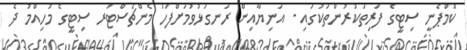
ކޮމްޕެނީ ސިޓީގެ ފަރިތަކުރުންތަކުގައި - އަނިޔާއިން ރަނގަޅުވުމަށްފަހު މެންޗެސްޓަރ ސިޓީގެ މުހިއްމު ދެ